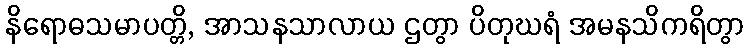
နိရောဓသမာပတ္တိ, အာသနသာလာယ ဌတွာ ပိတုဃရံ အမနသိကရိတွာ